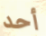
أحد